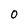
Character: 0